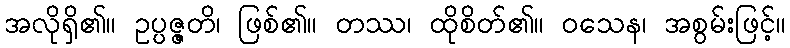
အလိုရှိ၏။ ဥပ္ပဇ္ဇတိ၊ ဖြစ်၏။ တဿ၊ ထိုစိတ်၏။ ဝသေန၊ အစွမ်းဖြင့်။